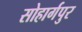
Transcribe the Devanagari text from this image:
सोहार्गपुर